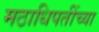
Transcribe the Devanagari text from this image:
मठाधिपतींच्या